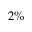
2 \%